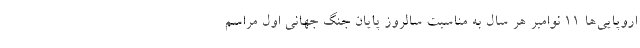
اروپایی‌ها ۱۱ نوامبر هر سال به مناسبت سالروز پایان جنگ جهانی اول مراسم